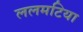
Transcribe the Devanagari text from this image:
ललमटिया